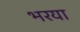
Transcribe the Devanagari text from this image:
भरया